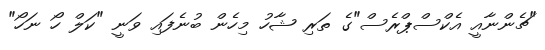
"ޗެންނާއީ އެކްސްޕްރެސް"ގެ ތަރި ޝާހު މިހެން ބުނެފައި ވަނީ "ކަލް ހޯ ނަހޯ"